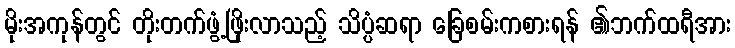
မိုးအကုန်တွင် တိုးတက်ဖွံ့ဖြိုးလာသည့် သိပ္ပံဆရာ ခြေစမ်းကစားရန် ၏ဘက်ထရီအား